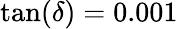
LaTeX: \mathrm{tan}(\delta)=0.001